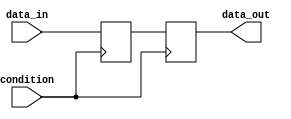
module loop_with_condition (
    input wire condition,
    input wire [7:0] data_in,
    output reg [7:0] data_out
);

reg [7:0] data_temp;

always @ (posedge condition) begin
    if (condition) begin
        data_temp <= data_in;
    end else begin
        data_temp <= 8'b0;
    end
end

always @ (posedge condition) begin
    if (condition) begin
        data_out <= data_temp;
    end
end

endmodule